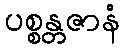
ပစ္စန္တဇာနံ